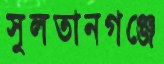
সুলতানগঞ্জে